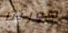
صورتنا